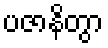
ပဇာနိတွာ